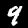
Digit: 9